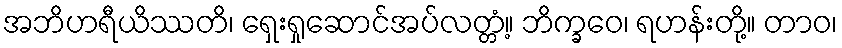
အဘိဟရီယိဿတိ၊ ရှေးရှုဆောင်အပ်လတ္တံ့။ ဘိက္ခဝေ၊ ရဟန်းတို့။ တာဝ၊